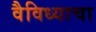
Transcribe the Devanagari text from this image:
वैविध्याचा